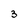
Character: 3